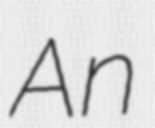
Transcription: An